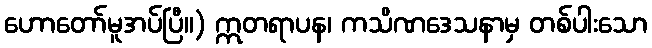
ဟောတော်မူအပ်ပြီ။) ဣတရာပန၊ ကသိဏဒေသနာမှ တစ်ပါးသော